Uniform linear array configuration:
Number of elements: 32
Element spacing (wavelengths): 0.25
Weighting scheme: hamming
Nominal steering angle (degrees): -30
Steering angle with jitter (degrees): -28.557
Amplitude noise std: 0.05
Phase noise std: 0.05

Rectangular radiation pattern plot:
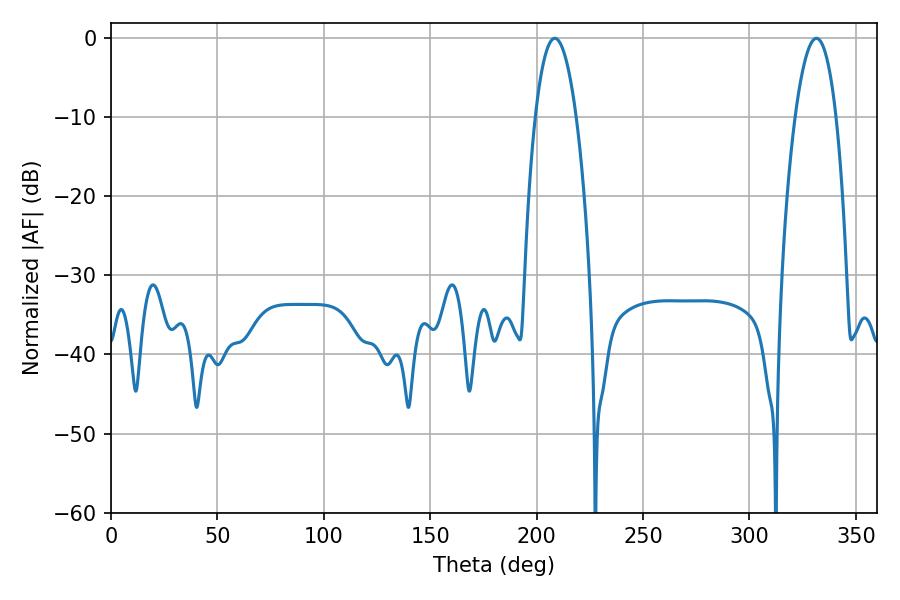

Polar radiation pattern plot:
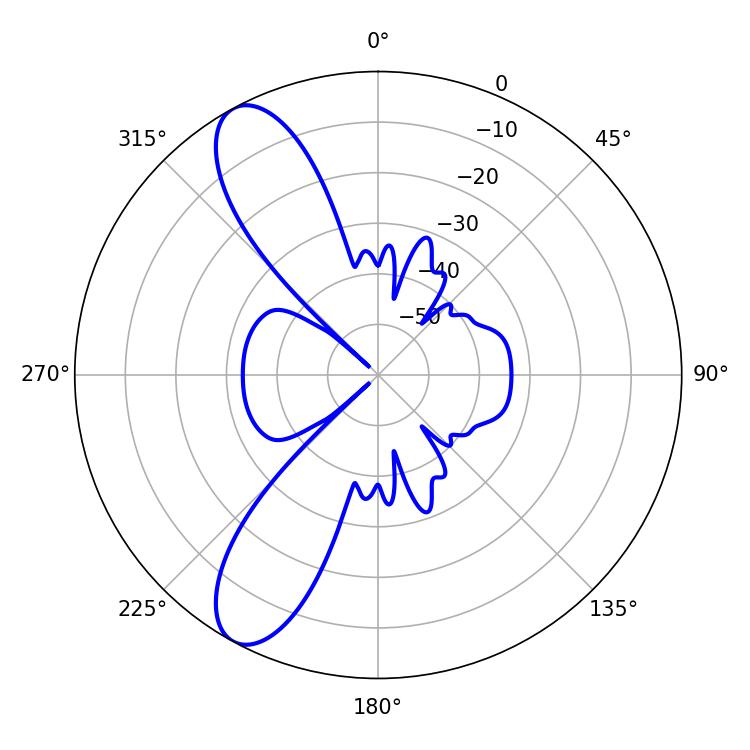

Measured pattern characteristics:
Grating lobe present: FALSE
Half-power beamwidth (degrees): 10.62
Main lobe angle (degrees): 208.62